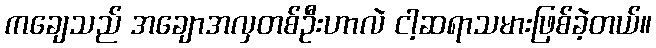
ကချေသည် အချောအလှတစ်ဦးဟာလဲ ငါ့ဆရာသမားဖြစ်ခဲ့တယ်။